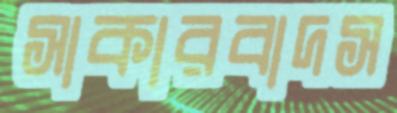
সাকারবাদস